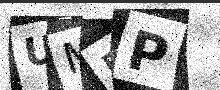
Text: UMRP